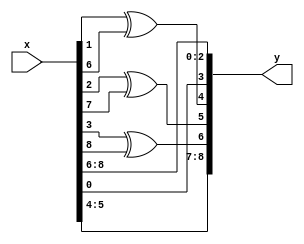
module rsdec_syn_m2_1 (y, x);
	input [8:0] x;
	output [8:0] y;
	reg [8:0] y;
	always @ (x)
	begin
		y[0] = x[6];
		y[1] = x[7];
		y[2] = x[8];
		y[3] = x[0];
		y[4] = x[1] ^ x[6];
		y[5] = x[2] ^ x[7];
		y[6] = x[3] ^ x[8];
		y[7] = x[4];
		y[8] = x[5];
	end
endmodule